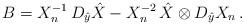
LaTeX: \begin{align*}B= X_n^{-1}\, D_{\hat{y}}\hat{X} - X_n^{-2}\, \hat{X}\otimes D_{\hat{y}} X_n\,.\end{align*}